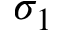
\sigma _ { 1 }